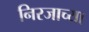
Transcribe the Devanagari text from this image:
निरजाच्या